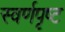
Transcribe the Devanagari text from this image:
स्वर्णपृष्ट